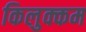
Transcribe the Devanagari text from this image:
किलुक्कम